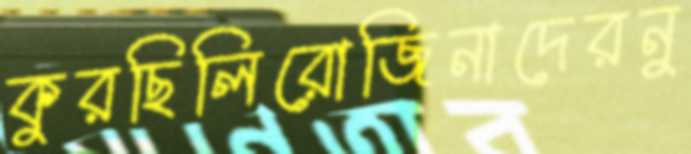
কুরছিলিরোজিনাদেরনু